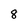
Character: 8